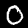
Digit: 0